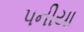
પનીયા